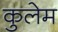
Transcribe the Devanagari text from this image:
कुलेम